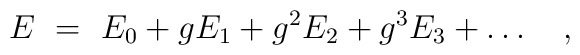
E~=~E_0 + gE_1 + g^2E_2 + g^3E_3 + \ldots \quad  ,